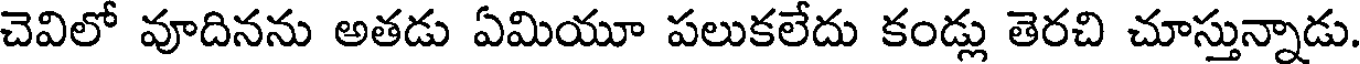
చెవిలో వూదినను అతడు ఏమియూ పలుకలేదు కండ్లు తెరచి చూస్తున్నాడు